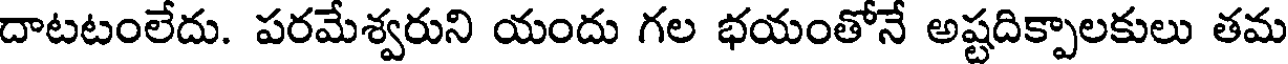
దాటటంలేదు. పరమేశ్వరుని యందు గల భయంతోనే అష్టదిక్పాలకులు తమ